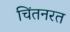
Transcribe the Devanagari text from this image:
चिंतनरत